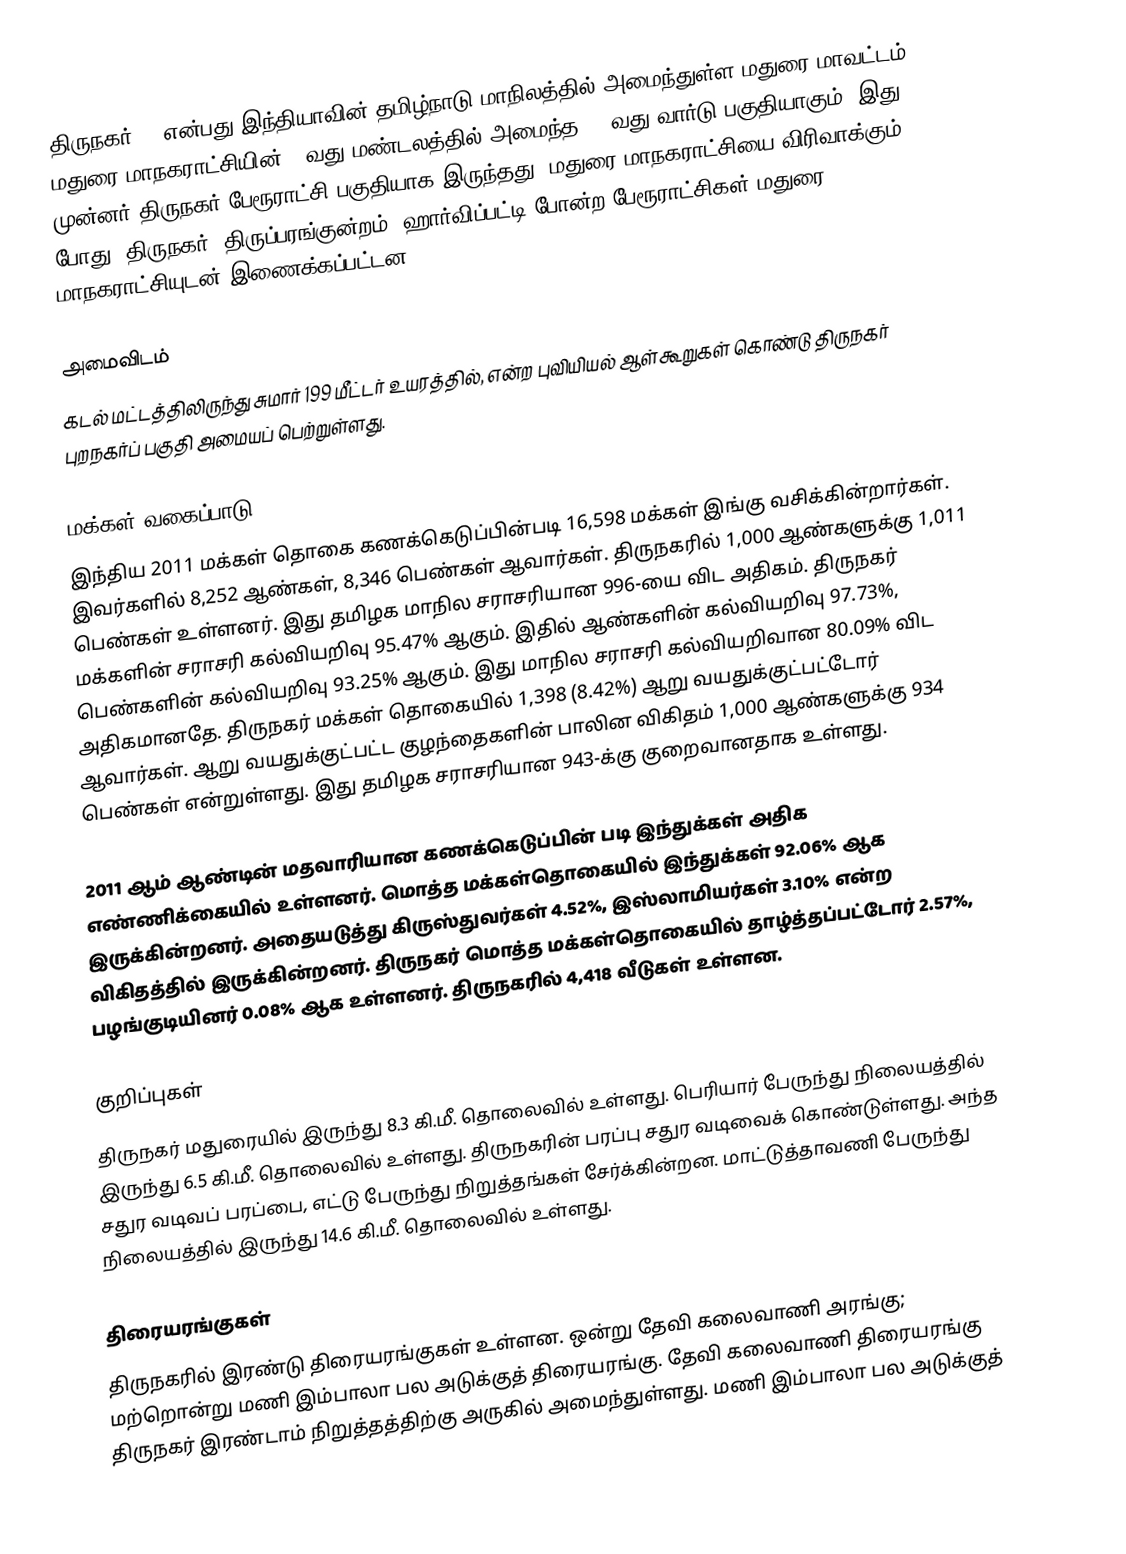
திருநகர் () என்பது இந்தியாவின் தமிழ்நாடு மாநிலத்தில் அமைந்துள்ள மதுரை மாவட்டம், மதுரை மாநகராட்சியின் 4-வது மண்டலத்தில் அமைந்த 98-வது வார்டு பகுதியாகும். இது முன்னர் திருநகர் பேரூராட்சி பகுதியாக இருந்தது. மதுரை மாநகராட்சியை விரிவாக்கும் போது, திருநகர், திருப்பரங்குன்றம், ஹார்விப்பட்டி போன்ற பேரூராட்சிகள் மதுரை மாநகராட்சியுடன் இணைக்கப்பட்டன.

அமைவிடம்
கடல் மட்டத்திலிருந்து சுமார் 199 மீட்டர் உயரத்தில்,  என்ற புவியியல் ஆள்கூறுகள் கொண்டு திருநகர் புறநகர்ப் பகுதி அமையப் பெற்றுள்ளது.

மக்கள் வகைப்பாடு
இந்திய 2011 மக்கள் தொகை கணக்கெடுப்பின்படி 16,598 மக்கள் இங்கு வசிக்கின்றார்கள். இவர்களில் 8,252 ஆண்கள், 8,346 பெண்கள் ஆவார்கள். திருநகரில் 1,000 ஆண்களுக்கு 1,011 பெண்கள் உள்ளனர். இது தமிழக மாநில சராசரியான 996-யை விட அதிகம். திருநகர் மக்களின் சராசரி கல்வியறிவு 95.47% ஆகும். இதில் ஆண்களின் கல்வியறிவு 97.73%, பெண்களின் கல்வியறிவு 93.25% ஆகும். இது மாநில சராசரி கல்வியறிவான 80.09% விட அதிகமானதே. திருநகர் மக்கள் தொகையில் 1,398 (8.42%) ஆறு வயதுக்குட்பட்டோர் ஆவார்கள். ஆறு வயதுக்குட்பட்ட குழந்தைகளின் பாலின விகிதம் 1,000 ஆண்களுக்கு 934 பெண்கள் என்றுள்ளது. இது தமிழக சராசரியான 943-க்கு குறைவானதாக உள்ளது.

2011 ஆம் ஆண்டின் மதவாரியான கணக்கெடுப்பின் படி இந்துக்கள் அதிக எண்ணிக்கையில் உள்ளனர். மொத்த மக்கள்தொகையில் இந்துக்கள் 92.06% ஆக இருக்கின்றனர். அதையடுத்து கிருஸ்துவர்கள் 4.52%, இஸ்லாமியர்கள் 3.10% என்ற விகிதத்தில் இருக்கின்றனர். திருநகர் மொத்த மக்கள்தொகையில் தாழ்த்தப்பட்டோர் 2.57%, பழங்குடியினர் 0.08% ஆக உள்ளனர். திருநகரில் 4,418 வீடுகள் உள்ளன.

குறிப்புகள்
திருநகர் மதுரையில் இருந்து 8.3 கி.மீ. தொலைவில் உள்ளது. பெரியார் பேருந்து நிலையத்தில் இருந்து 6.5 கி.மீ. தொலைவில் உள்ளது. திருநகரின் பரப்பு சதுர வடிவைக் கொண்டுள்ளது. அந்த சதுர வடிவப் பரப்பை, எட்டு பேருந்து  நிறுத்தங்கள் சேர்க்கின்றன. மாட்டுத்தாவணி பேருந்து நிலையத்தில் இருந்து 14.6 கி.மீ. தொலைவில் உள்ளது.

திரையரங்குகள்
திருநகரில் இரண்டு திரையரங்குகள் உள்ளன. ஒன்று தேவி கலைவாணி அரங்கு; மற்றொன்று மணி இம்பாலா பல அடுக்குத் திரையரங்கு. தேவி கலைவாணி திரையரங்கு திருநகர் இரண்டாம் நிறுத்தத்திற்கு அருகில் அமைந்துள்ளது. மணி இம்பாலா பல அடுக்குத்